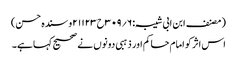
(مصنف ابن ابی شیبہ:۶؍۳۰۹ح۲۱۱۲۳و سندہ حسن)
اس اثر کو امام حاکم اور ذہبی دونوں نے صحیح کہا ہے۔